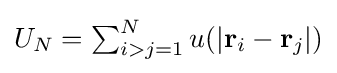
\textstyle U_{N}=\sum _{i>j=1}^{N}u(\left|\mathbf {r} _{i}-\mathbf {r} _{j}\right|)